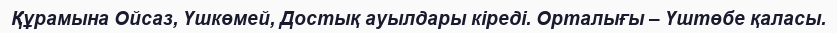
Құрамына Ойсаз, Үшкөмей, Достық ауылдары кіреді. Орталығы – Үштөбе қаласы.